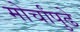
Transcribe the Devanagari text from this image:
मोर्चांपुढे